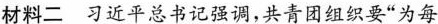
材料二习近平总书记强调，共青团组织要”为每